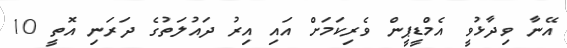
އޭނާ ވިދާޅުވީ އެމްޑީޕީން ވެރިކަމަށް އައި އިރު ދައުލަތުގެ ދަރަނި އޮތީ 10